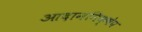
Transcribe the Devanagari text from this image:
आदाननिक्षेप